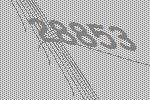
28853